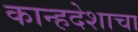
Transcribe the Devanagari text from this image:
कान्हदेशाचा